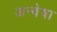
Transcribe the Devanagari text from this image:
अन्वेषा